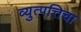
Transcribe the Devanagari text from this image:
व्युत्पत्तिचा